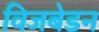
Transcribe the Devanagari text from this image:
विजबेडन